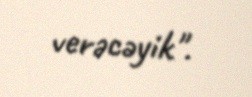
verəcəyik".